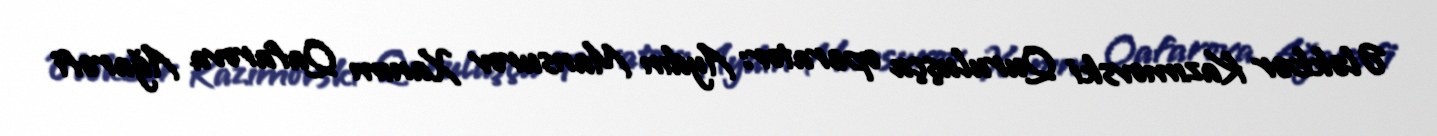
Ələkbər Kazımovski Quruluşçu operator: Aydın Mansurov Xanım Qafarova Ağarəfi